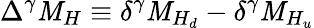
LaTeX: \Delta^{\gamma}\mathit{M}_{H}\equiv\delta^{\gamma}\mathit{M}_{H_{d}}-\delta^{\gamma}\mathit{M}_{H_{u}}